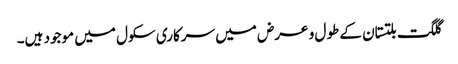
گلگت بلتستان کے طول و عرض میں سرکاری سکول میں موجود ہیں۔